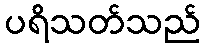
ပရိသတ်သည်